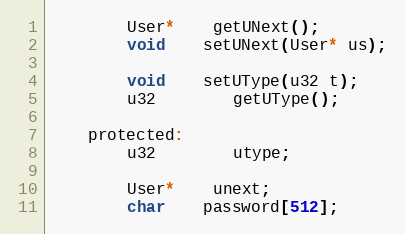
Language: C
		User*	getUNext();
		void	setUNext(User* us);

		void	setUType(u32 t);
		u32		getUType();

	protected:
		u32		utype;

		User*	unext;
		char	password[512];